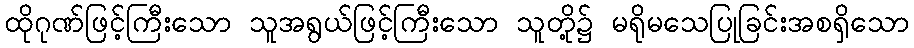
ထိုဂုဏ်ဖြင့်ကြီးသော သူအရွယ်ဖြင့်ကြီးသော သူတို့၌ မရိုမသေပြုခြင်းအစရှိသော